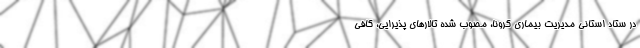
در ستاد استانی مدیریت بیماری کرونا، مصوب شده تالارهای پذیرایی، کافی